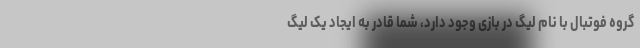
گروه فوتبال با نام لیگ در بازی وجود دارد، شما قادر به ایجاد یک لیگ